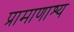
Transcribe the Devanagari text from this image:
प्रामाणाश्य